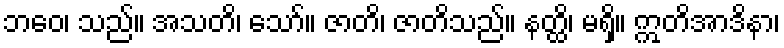
ဘဝေ၊ သည်။ အသတိ၊ သော်။ ဇာတိ၊ ဇာတိသည်။ နတ္ထိ၊ မရှိ။ ဣတိအာဒိနာ၊